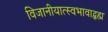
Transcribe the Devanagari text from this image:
विजानीयात्स्वभावाद्ब्रह्म